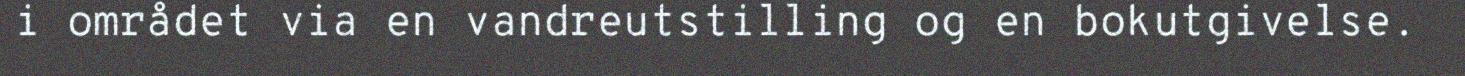
i området via en vandreutstilling og en bokutgivelse.